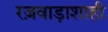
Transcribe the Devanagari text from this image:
रज़वाड़ाशाही